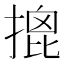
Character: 𢱧